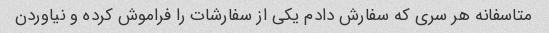
متاسفانه هر سری که سفارش دادم یکی از سفارشات را فراموش کرده و نیاوردن